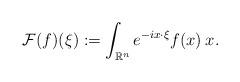
LaTeX: \begin{align*}\mathcal{F}(f)(\xi) := \int_{\mathbb{R}^n}e^{-ix\cdot\xi}f(x)\:x. \end{align*}